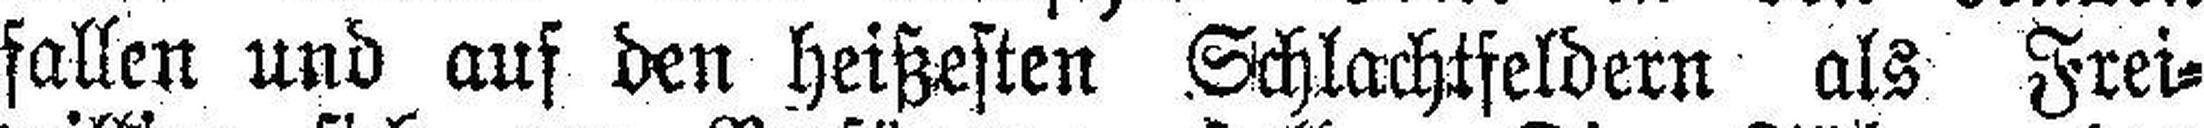
fallen und auf den heißesten Schlachtfeldern als Frei¬